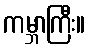
ကမ္ဘာကြီး။